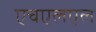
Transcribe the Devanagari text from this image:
एचएलएल